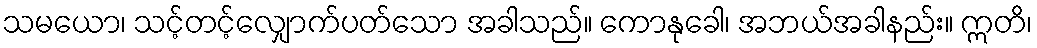
သမယော၊ သင့်တင့်လျှောက်ပတ်သော အခါသည်။ ကောနုခေါ၊ အဘယ်အခါနည်း။ ဣတိ၊